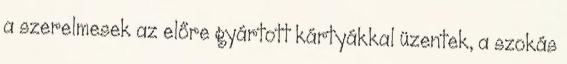
a szerelmesek az előre gyártott kártyákkal üzentek, a szokás